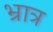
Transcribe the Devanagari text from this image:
भ्रात्र